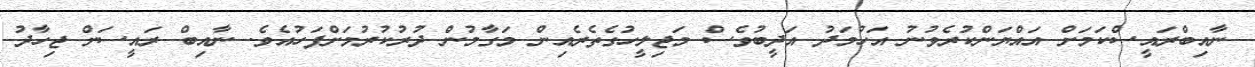
ނާއިބްރައީސްކަމަށް އައްޔަންކުރެވުނު އަހުމަދު އަދީބުވެސް މަޖިލީހުގެތެރެއިން މަގާމުން ދުރުކުރުމަށްފަހުއެވެ. ނާއިބް ރައީސަށް ޖިހާދު